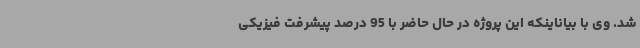
شد. وی با بیاناینکه این پروژه در حال حاضر با 95 درصد پیشرفت فیزیکی